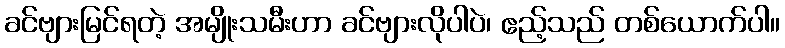
ခင်ဗျားမြင်ရတဲ့ အမျိုးသမီးဟာ ခင်ဗျားလိုပါပဲ၊ ဧည့်သည် တစ်ယောက်ပါ။